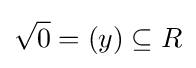
{\sqrt {0}}=(y)\subseteq R